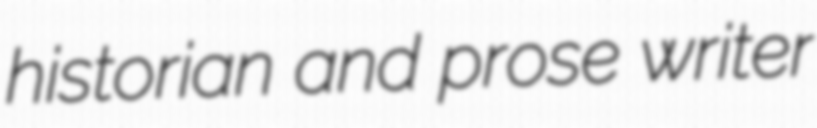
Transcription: historian and prose writer